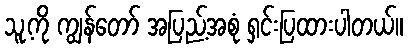
သူ့ကို ကျွန်တော် အပြည့်အစုံ ရှင်းပြထားပါတယ်။